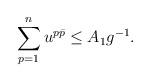
LaTeX: \begin{align*} \sum_{p=1}^n u^{p\bar p} \leq A_1 g^{-1}.\end{align*}